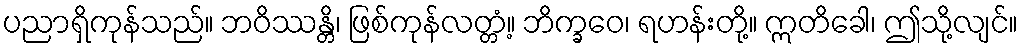
ပညာရှိကုန်သည်။ ဘဝိဿန္တိ၊ ဖြစ်ကုန်လတ္တံ့။ ဘိက္ခဝေ၊ ရဟန်းတို့။ ဣတိခေါ၊ ဤသို့လျင်။